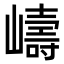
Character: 嶹